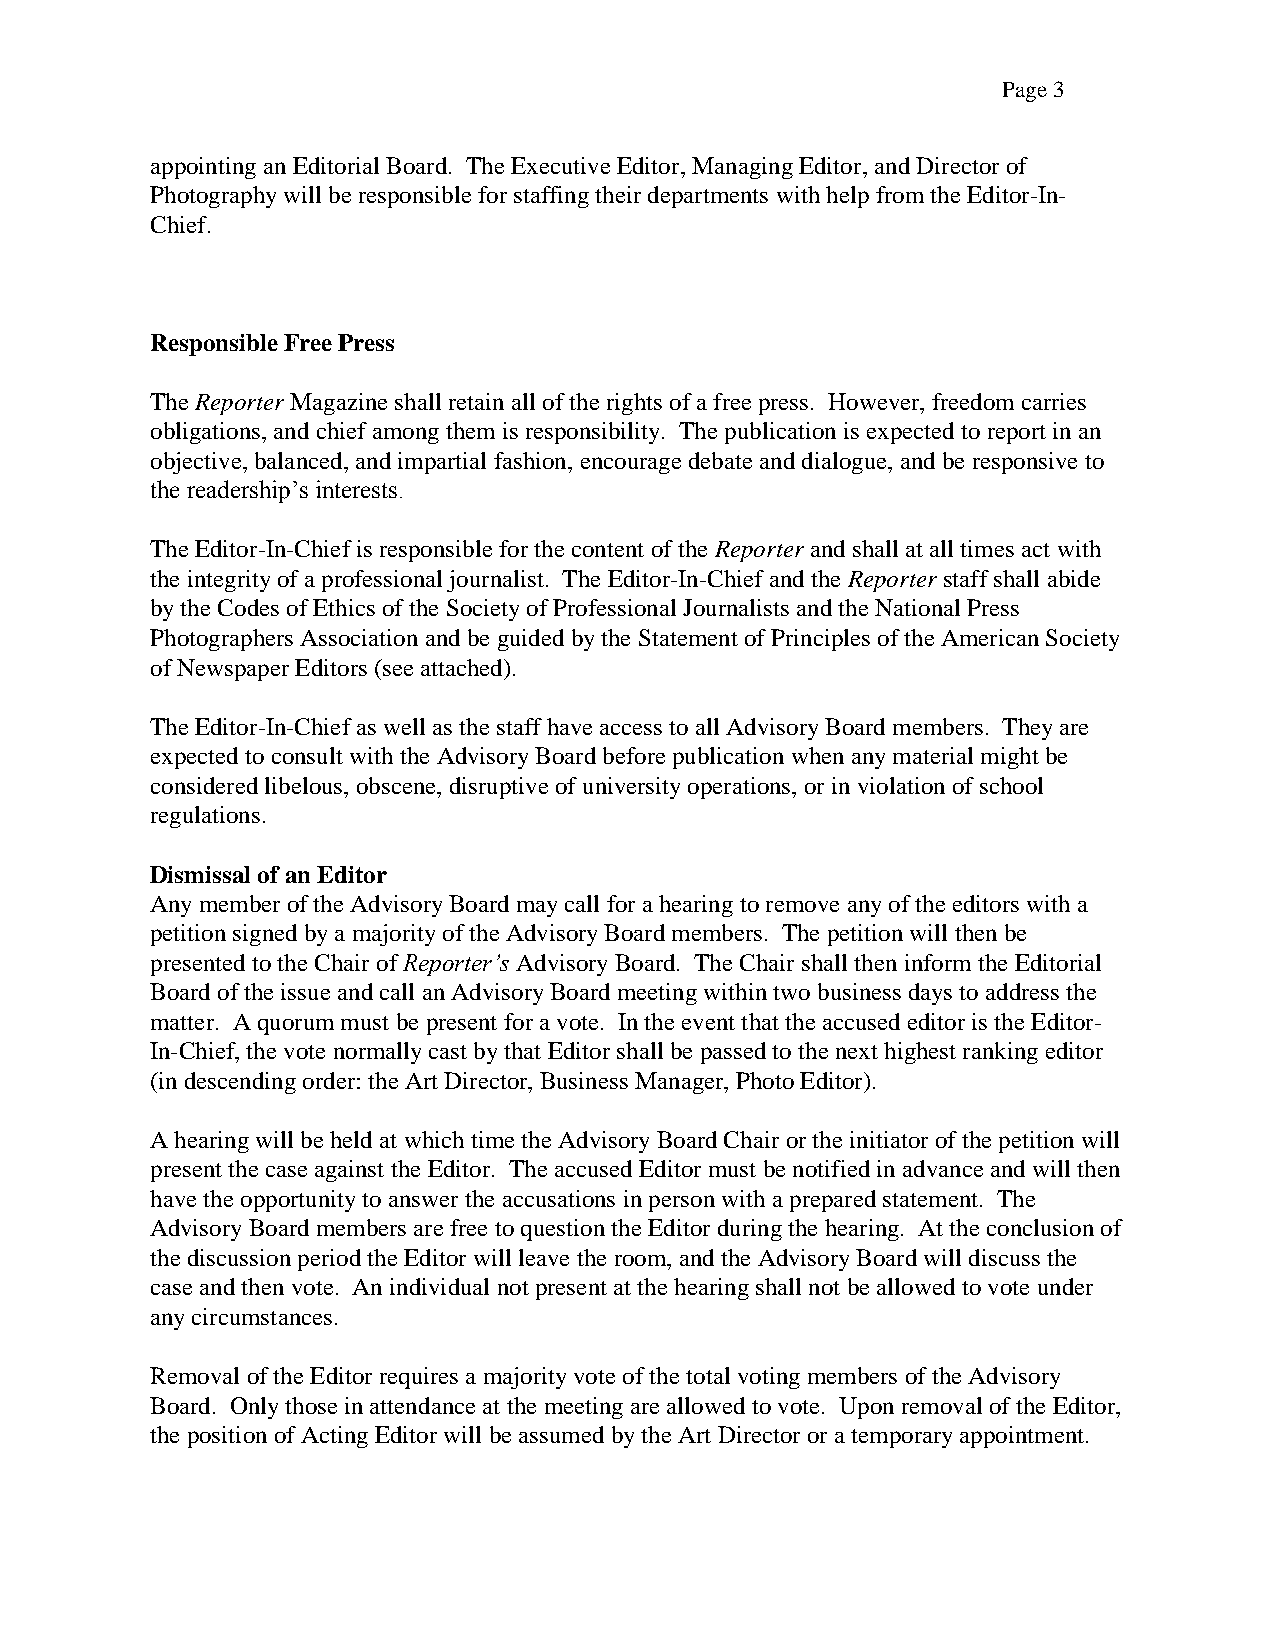
Page 3
 appointing an Editorial Board. The Executive Editor, Managing Editor, and Director of
 Photography will be responsible for staffing their departments with help from the Editor-In-
 Chief.
 Responsible Free Press
 The Reporter Magazine shall retain all of the rights of a free press. However, freedom carries
 obligations, and chief among them is responsibility. The publication is expected to report in an
 objective, balanced, and impartial fashion, encourage debate and dialogue, and be responsive to
 the readership’s interests.
 The Editor-In-Chief is responsible for the content of the Reporter and shall at all times act with
 the integrity of a professional journalist. The Editor-In-Chief and the Reporter staff shall abide
 by the Codes of Ethics of the Society of Professional Journalists and the National Press
 Photographers Association and be guided by the Statement of Principles of the American Society
 of Newspaper Editors (see attached).
 The Editor-In-Chief as well as the staff have access to all Advisory Board members. They are
 expected to consult with the Advisory Board before publication when any material might be
 considered libelous, obscene, disruptive of university operations, or in violation of school
 regulations.
 Dismissal of an Editor
 Any member of the Advisory Board may call for a hearing to remove any of the editors with a
 petition signed by a majority of the Advisory Board members. The petition will then be
 presented to the Chair of Reporter’s Advisory Board. The Chair shall then inform the Editorial
 Board of the issue and call an Advisory Board meeting within two business days to address the
 matter. A quorum must be present for a vote. In the event that the accused editor is the Editor-
 In-Chief, the vote normally cast by that Editor shall be passed to the next highest ranking editor
 (in descending order: the Art Director, Business Manager, Photo Editor).
 A hearing will be held at which time the Advisory Board Chair or the initiator of the petition will
 present the case against the Editor. The accused Editor must be notified in advance and will then
 have the opportunity to answer the accusations in person with a prepared statement. The
 Advisory Board members are free to question the Editor during the hearing. At the conclusion of
 the discussion period the Editor will leave the room, and the Advisory Board will discuss the
 case and then vote. An individual not present at the hearing shall not be allowed to vote under
 any circumstances.
 Removal of the Editor requires a majority vote of the total voting members of the Advisory
 Board. Only those in attendance at the meeting are allowed to vote. Upon removal of the Editor,
 the position of Acting Editor will be assumed by the Art Director or a temporary appointment.